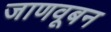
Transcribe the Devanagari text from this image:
जाणवूबन